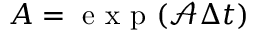
\boldsymbol { A } = \mathrm { ~ e ~ x ~ p ~ } ( \boldsymbol { \mathcal { A } } \Delta t )